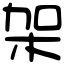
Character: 架